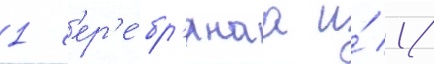
1 с'ер'е́бр'янаа и́ 1